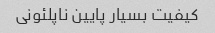
کیفیت بسیار پایین ناپلئونی